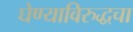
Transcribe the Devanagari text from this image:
घेण्याविरुद्धचा